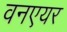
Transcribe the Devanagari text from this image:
वनएयर